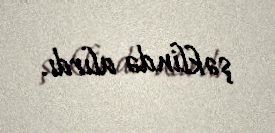
şəklində alırdı.